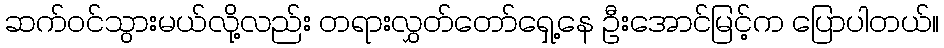
ဆက်ဝင်သွားမယ်လို့လည်း တရားလွှတ်တော်ရှေ့နေ ဦးအောင်မြင့်က ပြောပါတယ်။